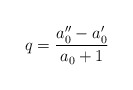
\begin{align*}q=\frac{a_{0}^{\prime\prime}-a_{0}^{\prime}}{a_{0}+1} \end{align*}